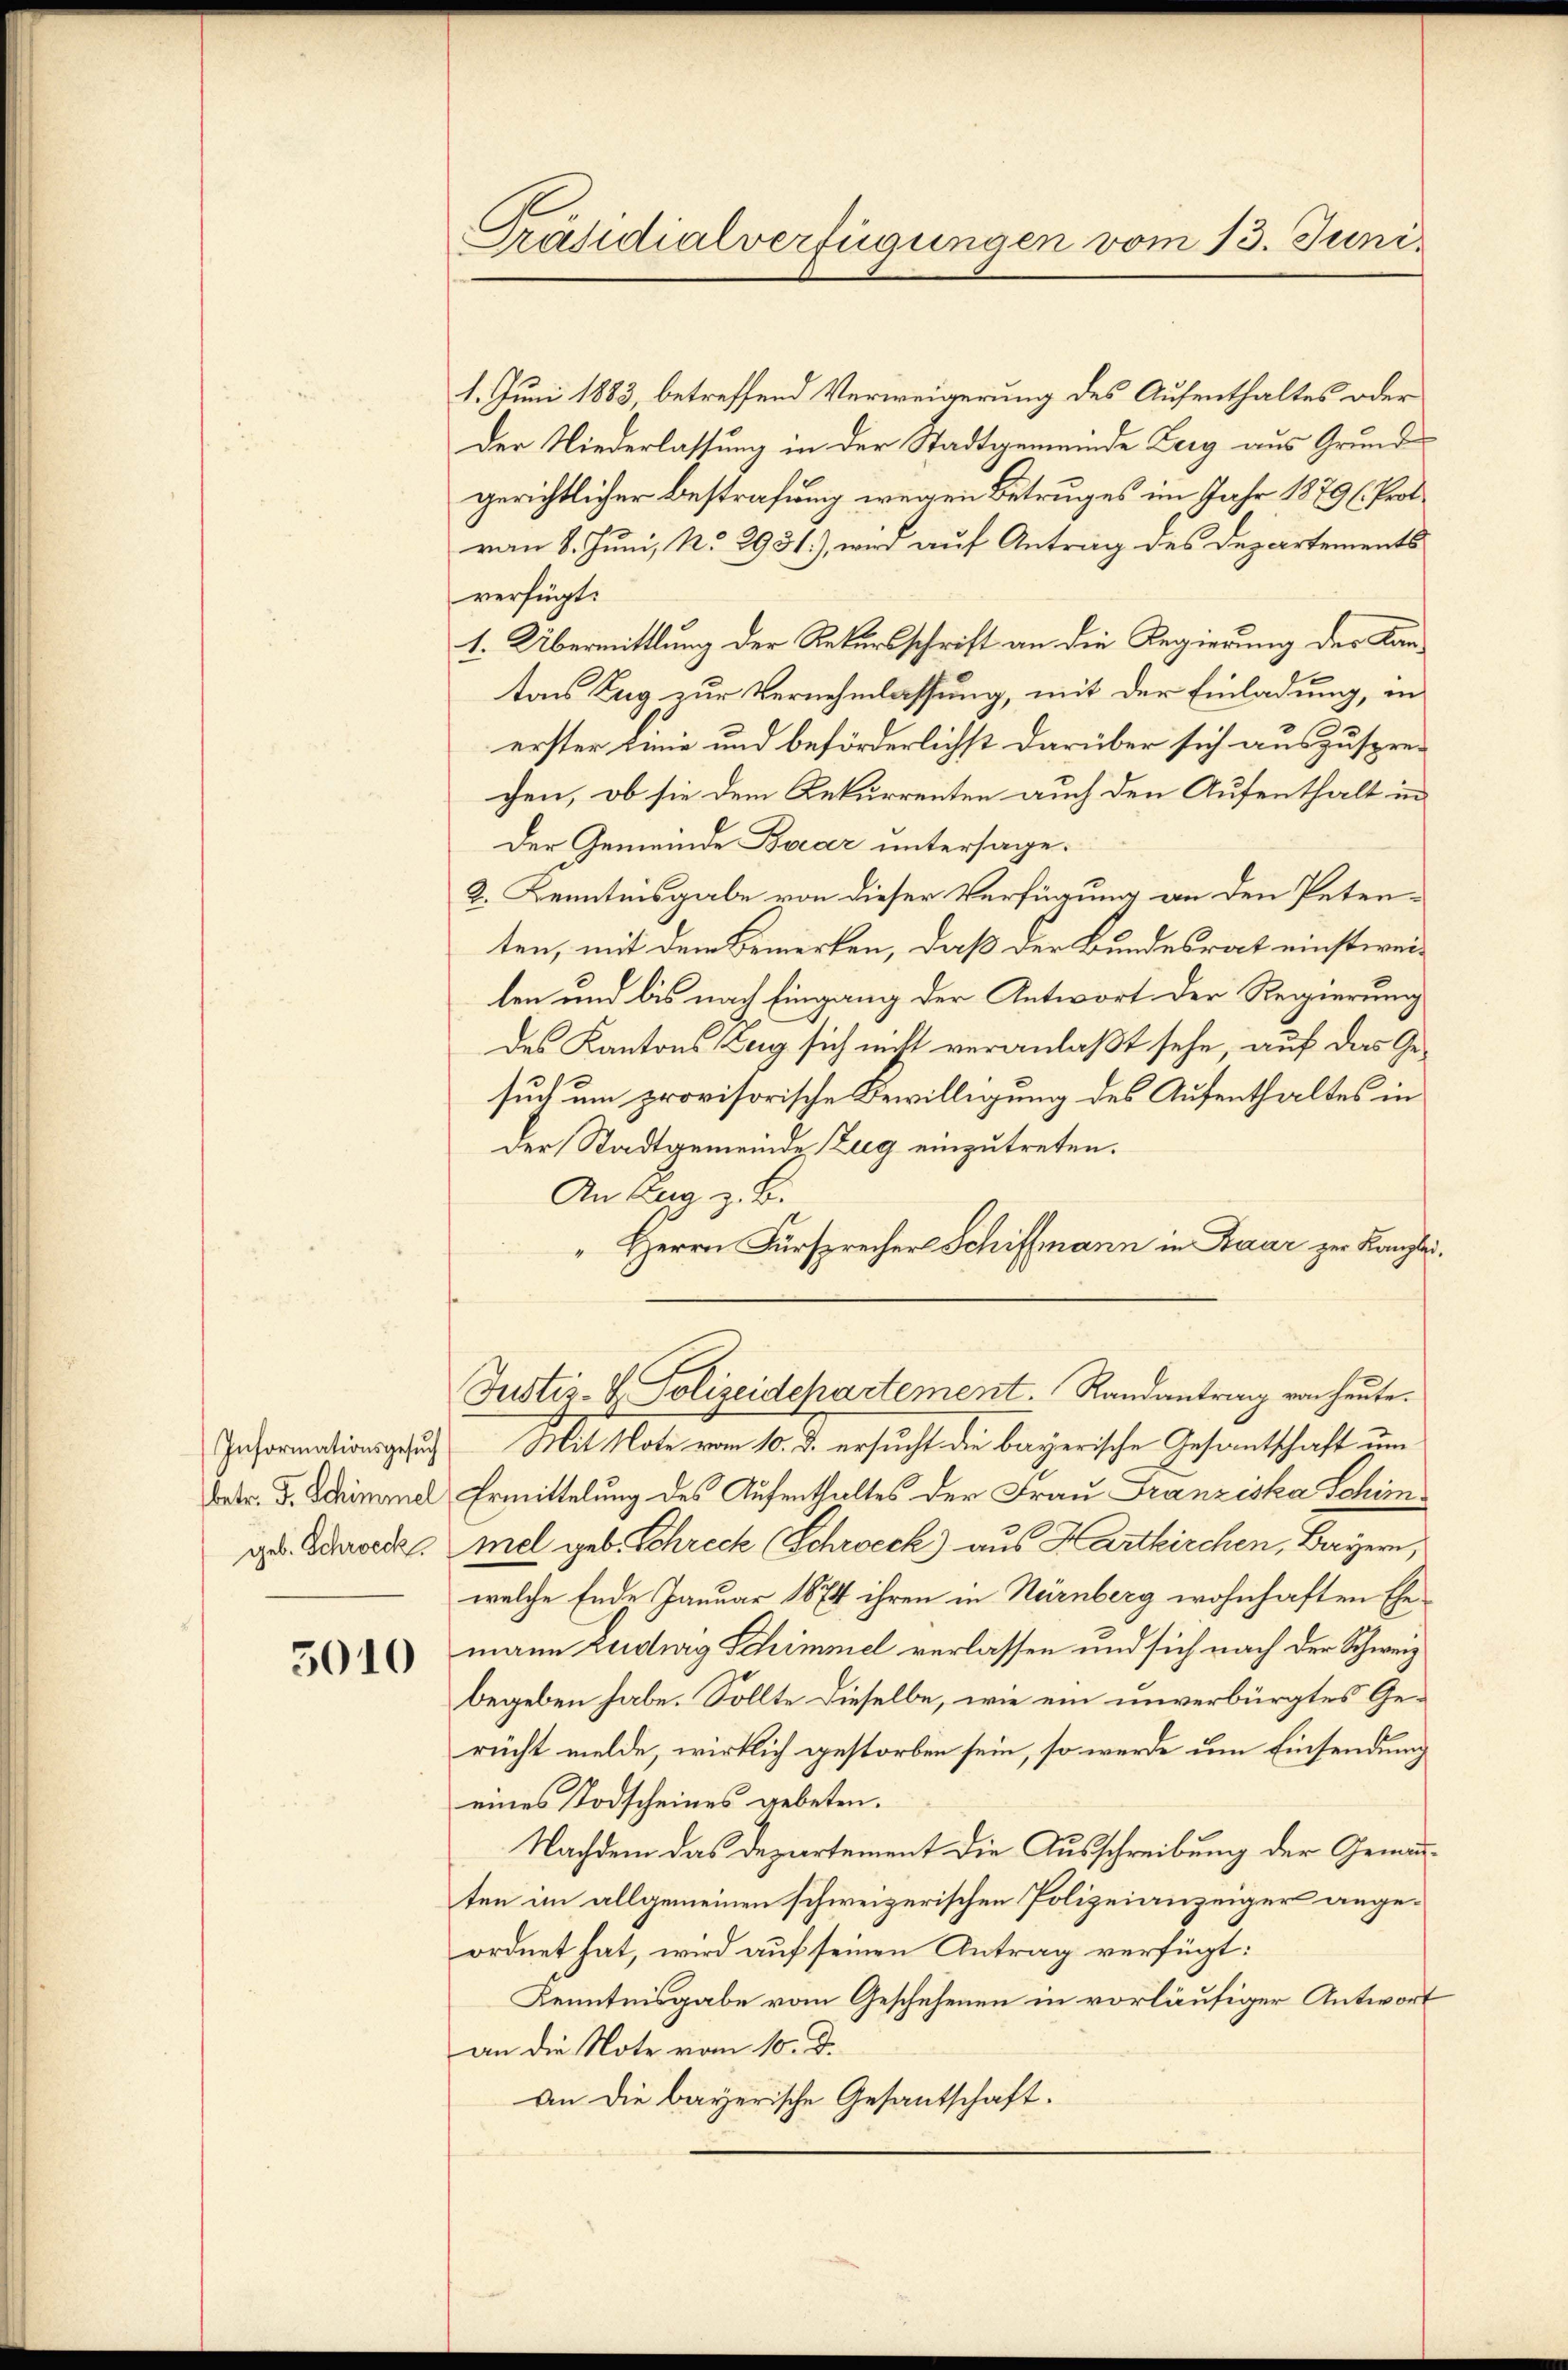
Informationsgesuch
betr. F. Schimmel
geb. Schreck

5010

Präsidialverfügungen vom 13. Juni.

1. Juni 1883, betreffend Verweigerung des Aufenthaltes oder
Der Niederlassung in der Stadtgemeinde Berg aus Grund
gerichtlicher Bestrafung wegen Betruges im Jahr 1879 (Prot
van 8. Juni, No 2931), wird auf Antrag des Departements
verfügt:
1. Übermittlung der Rekursschrift an die Regierung des Kantons Zug zur Vernehmlassung, mit der Einladung, in
erster Linie und beförderlichst darüber sich auszusprec
chen, ob sie dem Rekurrenten auch den Aufenthalt in
Der Gemeinde Boear untersage.
2. Kenntnisgabe von dieser Verfügung an den Peten-
ten, mit dem Bemerken, daß der Bundesrat einstweilen und bis nach Eingang der Antwort der Regierung
des Kantons Zug sich nicht veranlaßt sehe, auf das Gesuch um provisorische Bewilligung des Aufenthaltes in
Der Stadtgemeinde Zug einzutreten.
An tua z. B.
" Herrn Fürsprecher Schiffmann in Baar zur Kanzlei.
Justiz- & Polizeidepartement. Randantrag von heute.
Mit Note vom 10. d. ersucht die bayerische Gesantschaft um
Ermittelung des Aufenthaltes der Frau Franziska Schim
mel geb. Schreck (Schreck) aus Hartkirchen, Bayern,
welche Ende Januar 1874 ihren in Nürnberg wohnhaften Ehemann Luduig Schimmel verlassen und sich nach der Schweiz
begeben habe. Sollte dieselbe, wie ein unverbürgtes Gerücht melde, wirklich gestorben sein, so werde um Einsendung
eines Todscheines gebeten.
Nachdem das Departement die Ausschreibung der Gemeinten an allgemeinen schweizerischen Polizeianzeiger angeordnet hat, wird auf seinen Antrag verfügt:
Kenntnisgabe vom Geschehenen in vorläufiger Antwort
an die Note vom 10. d.
an die bayerische Gesantschaft.